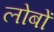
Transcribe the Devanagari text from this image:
लोबों